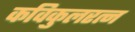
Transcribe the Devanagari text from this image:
कविकुलरत्न